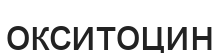
окситоцин